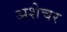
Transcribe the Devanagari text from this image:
अशेचर